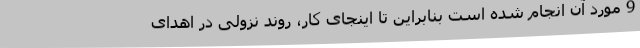
9 مورد آن انجام شده است بنابراین تا اینجای کار، روند نزولی در اهدای